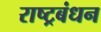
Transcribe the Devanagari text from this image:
राष्ट्रबंधन